Source: Handwritten
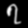
Digit: ၇ (7)